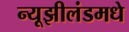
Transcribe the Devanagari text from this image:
न्यूझीलंडमधे